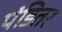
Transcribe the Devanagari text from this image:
पंडितर